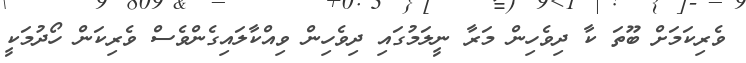
ވެރިކަމަށް ބޫތަ ކާ ދިވެހިން މަރާ ނީލަމުގައި ދިވެހިން ވިއްކާލައިގެންވެސް ވެރިކަން ހޯދުމަކީ